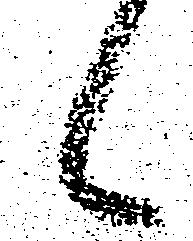
候